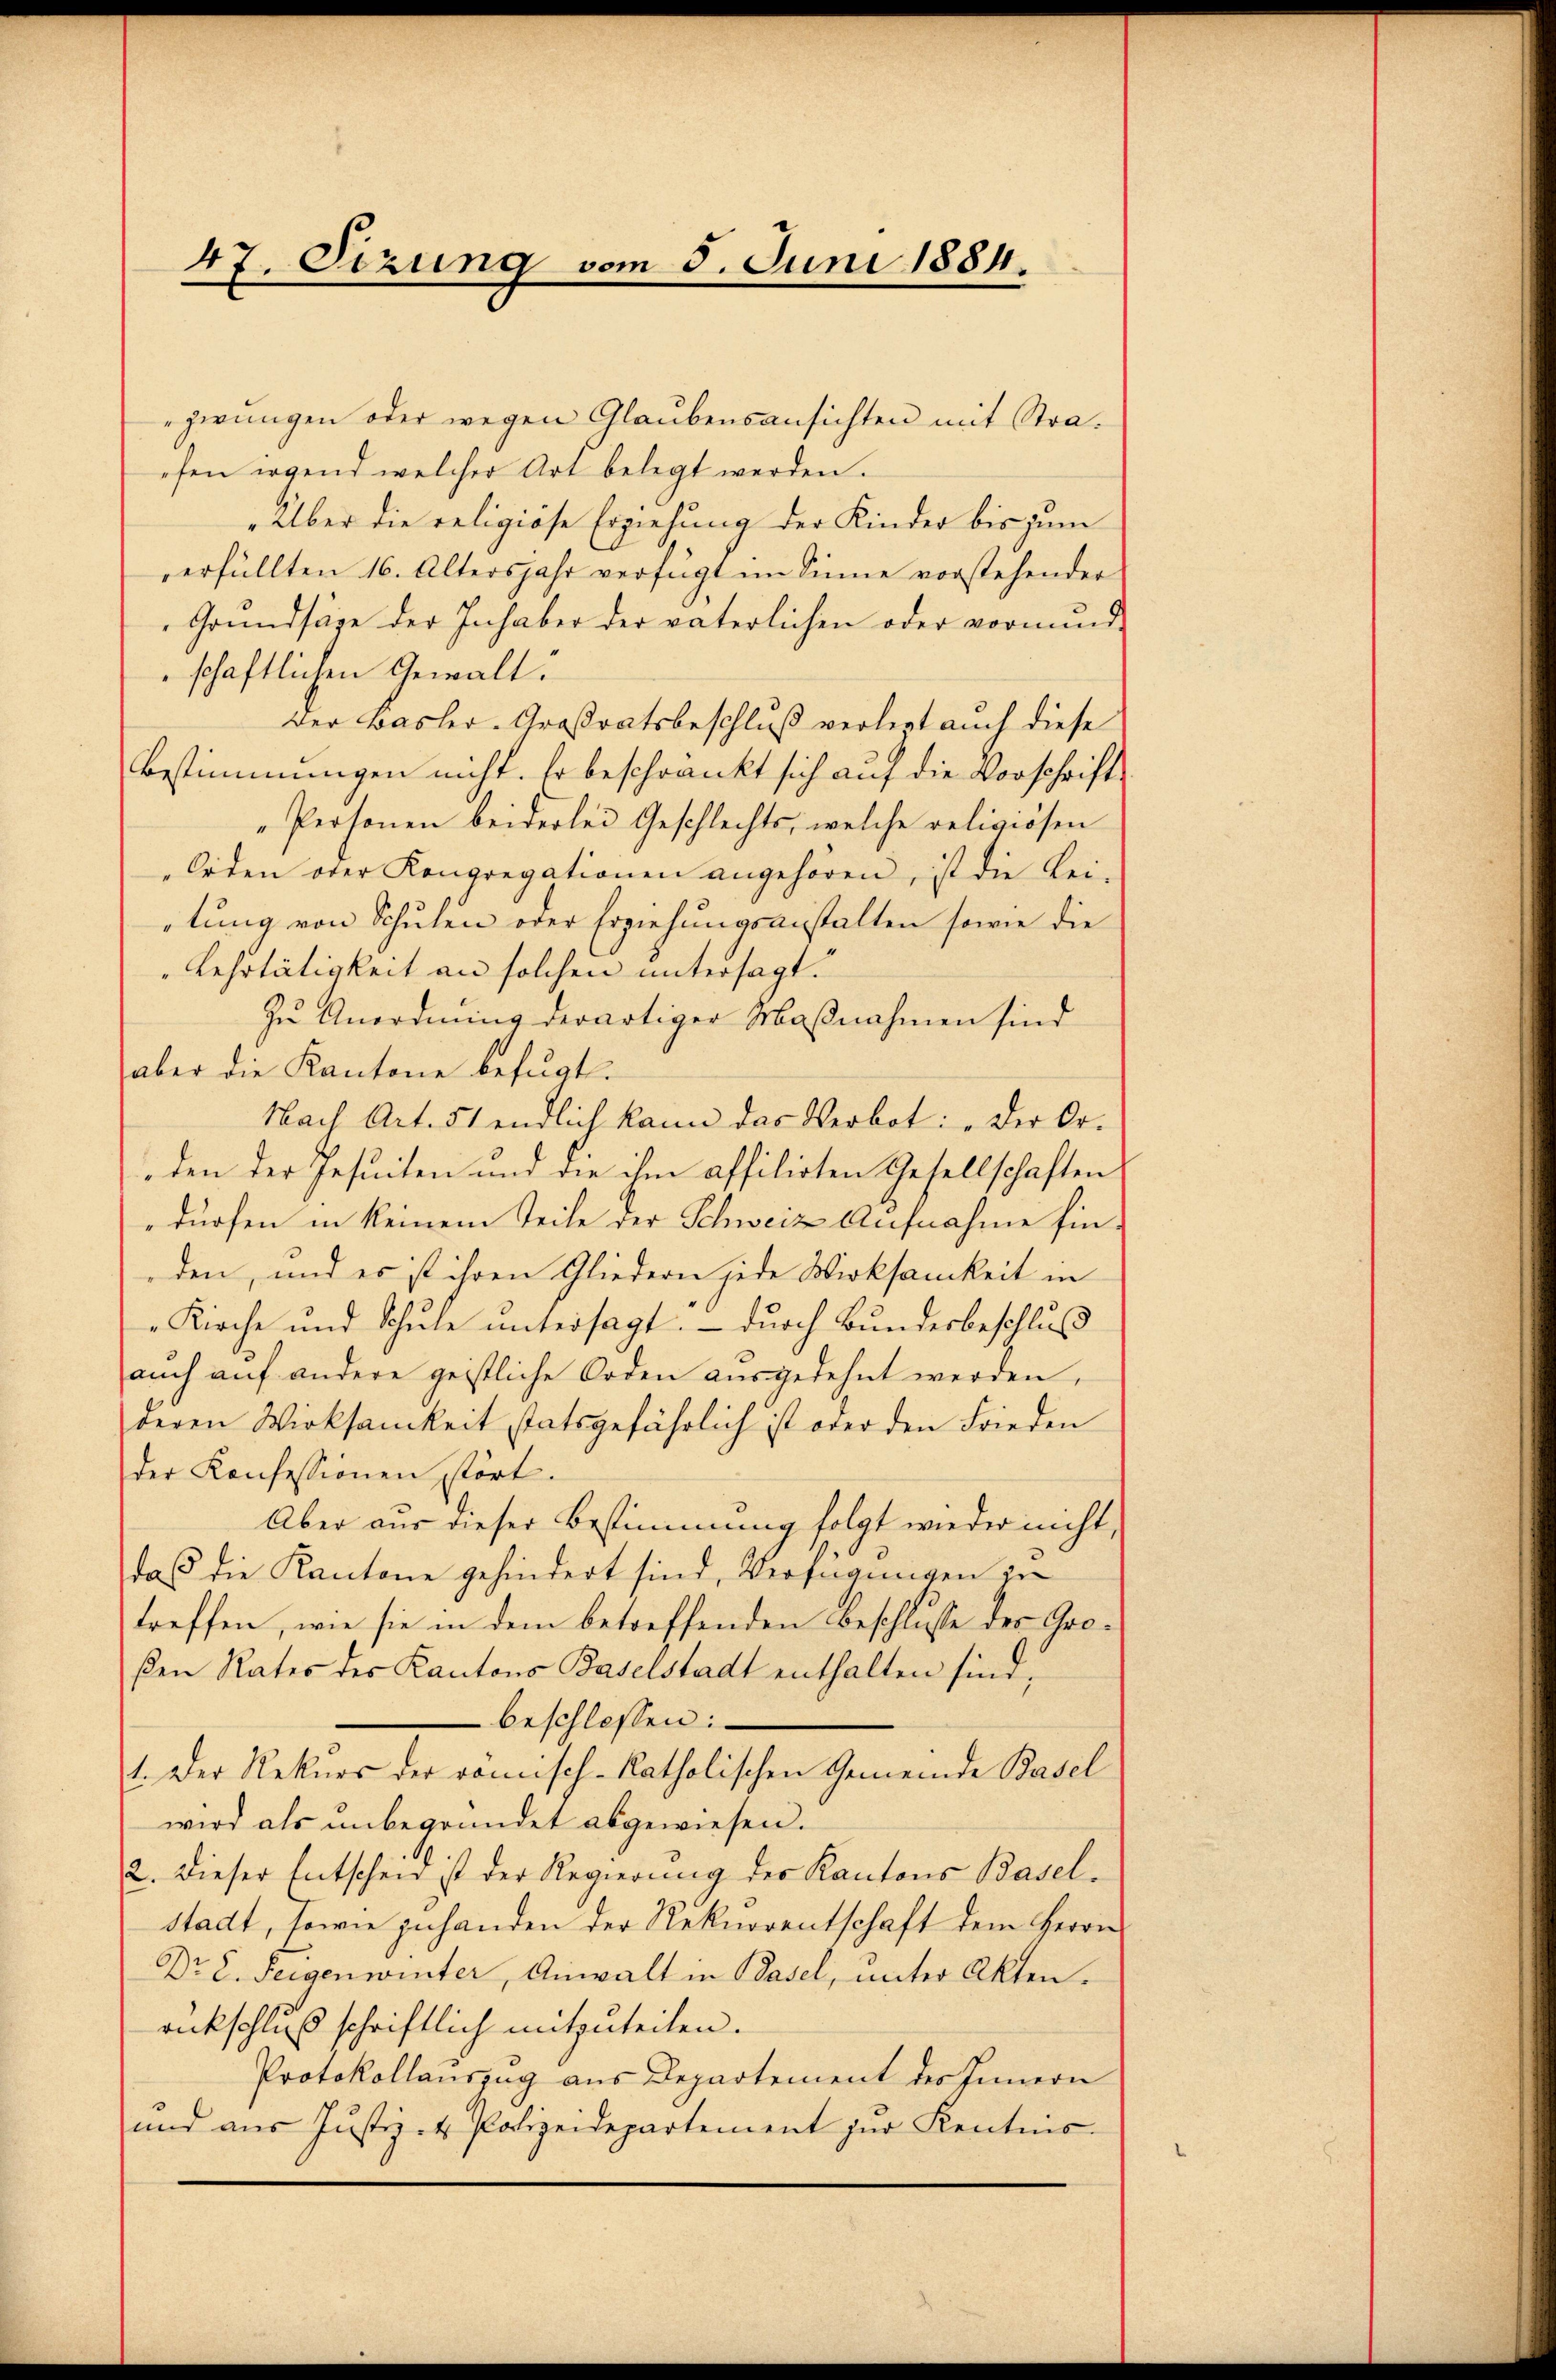
47. Sezung vom 5. Juni 1884.

zwungen oder wegen Glaubensansichten mit Straefen irgend welcher Art belegt werden.
„Über die religiöse Erziehung der Kinder bis zum
verfüllten 16. Altersjahr verfügt im Sinne vorstehender
Grŭndsäge der Inhaber der väterlichen oder vormund-
schaftlichen Gewält
Der Basler-Großratsbeschluß verlegt auch diese
Bestimmungen nicht. Er beschränkt sich auf die Vorschrift¬
„Personen beiderlei Geschlechts, welche religiösen
Orden oder Kongregationen angehören, ist die Lei-
tung von Schulen oder Erziehungsanstalten sowie die
Lehrtätigkeit an solchen untersagt.
Zu Anordnung derartiger Maßnahmen sind
aber die Kantone befugt.
Nach Art. 51 endlich kann das Verbot: „Der Or-
den der Jesuiten und die ihm affilirten Gesellschaften
dürfen in keinem Teile der Schweiz Aufnahme finden, und es ist ihren Gliedern jede Wirksamkeit in
Kirche und Schule untersagt. – durch Bundesbeschluß
auch auf andere geistliche Orden ausgedehnt werden,
deren Wirksamkeit statsgefährlich ist oder den Frieden
der Konfessionen stört.
Aber aus dieser Bestimmung folgt wieder nicht,
daß die Kantone gehindert sind, Verfügungen in
treffen, wie sie in dem betreffenden Beschlusse des Großen Rates des Kantons Baselstadt enthalten sind,
beschlossen:
1. Der Rekurs der romisch-katholischen Gemeinde Basel
wird als unbegründet abgewiesen.
2. Dieser Entschen ist der Regierung des Kantons Basel-
stadt, sowie zuhanden der Rekurrentschaft dem Herrn
Dr E. Feigenwinter, Anwalt in Basel, unter Akten.
rückschluß schriftlich mitzuteilen.
Protokollauszug aus Departement des Innern
und aŭs Justiz- & Polizeidepartement zŭr Kentnis-